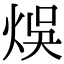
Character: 𤉇